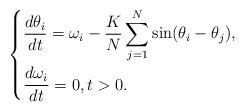
LaTeX: \begin{align*} \begin{dcases}\frac{d\theta_i}{dt} = \omega_i - \frac{K}{N}\sum_{j=1}^{N} \sin(\theta_i - \theta_j), \\\frac{d\omega_i}{dt} = 0, t > 0.\end{dcases}\end{align*}